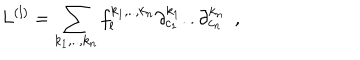
L ^ { ( l ) } = \sum _ { k _ { 1 } , . . , k _ { n } } f _ { l } ^ { k _ { 1 } , . . , k _ { n } } \partial _ { c _ { 1 } } ^ { k _ { 1 } } . . \partial _ { c _ { n } } ^ { k _ { n } } ~ ~ ,